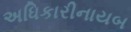
અધિકારીનાયબ